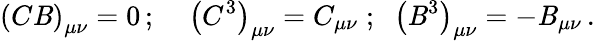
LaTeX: \left(C\mathit{B}\right)_{\mu\nu}=0\, ;\; \; \; \; \left(C^{3}\right)_{\mu\nu}=C_{\mu\nu}\; ;\; \; \left(\mathit{B}^{3}\right)_{\mu\nu}=-\mathit{B}_{\mu\nu}\, .